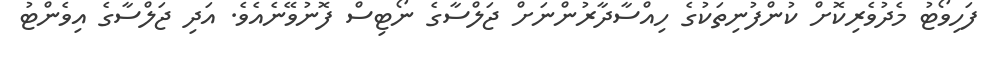
ފަހިވޯޓު މެދުވެރިކޮށް ކުންފުނިތަކުގެ ހިއްސާދާރުންނަށް ޖަލްސާގެ ނޯޓިސް ފޮނުވޭނެއެވެ. އަދި ޖަލްސާގެ އިވެންޓު